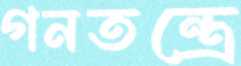
গনতন্ত্রে